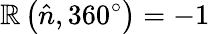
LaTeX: \mathbb{R}\left({\hat{{n}}},360^{\circ}\right)=-1